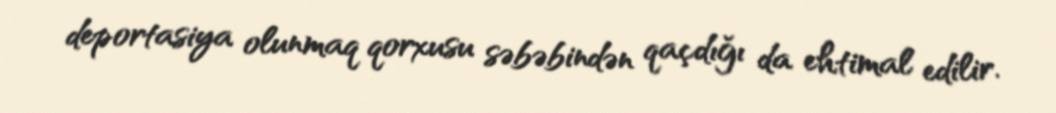
deportasiya olunmaq qorxusu səbəbindən qaçdığı da ehtimal edilir.